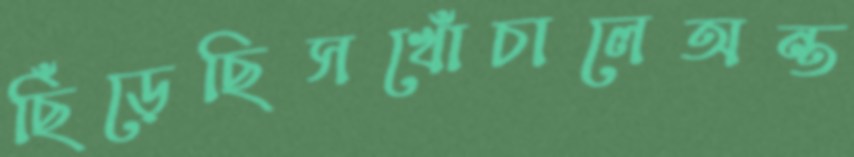
ছিঁড়েছিসখোঁচালেঅন্ত